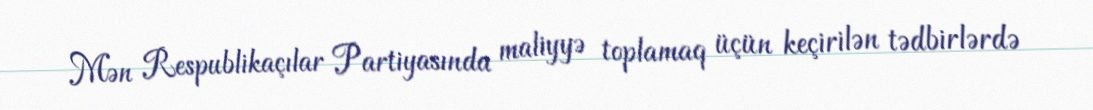
Mən Respublikaçılar Partiyasında maliyyə toplamaq üçün keçirilən tədbirlərdə